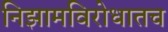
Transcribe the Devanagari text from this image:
निझामविरोधातच